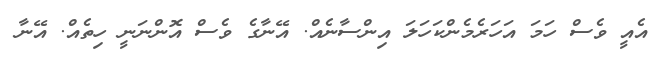
އެއީ ވެސް ހަމަ އަހަރެމެންކަހަލަ އިންސާނެއް. އޭނާގެ ވެސް އޮންނަނީ ހިތެއް. އޭނާ